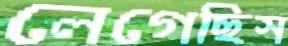
লেগেছিস